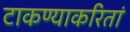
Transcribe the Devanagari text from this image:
टाकण्याकरितां